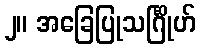
၂။ အခြေပြုသင်္ဂြိုဟ်